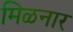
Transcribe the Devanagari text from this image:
मिळनार